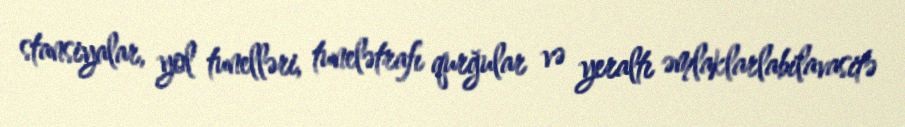
stansiyalar, yol tunelləri, tunelətrafı qurğular və yeraltı əmlaklarlabilavasitə